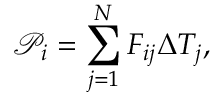
\mathcal { P } _ { i } = \sum _ { j = 1 } ^ { N } F _ { i j } \Delta T _ { j } ,